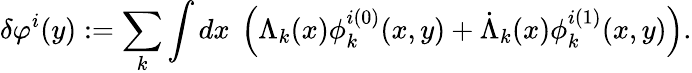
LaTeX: \delta\varphi^{i}(y):=\sum_{k}\int dx\ \left(\Lambda_{k}(x)\phi_{k}^{i(0)}(x,y)+\dot{\Lambda}_{k}(x)\phi_{k}^{i(1)}(x,y)\right).